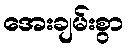
အေးချမ်းစွာ